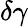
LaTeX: \delta\gamma